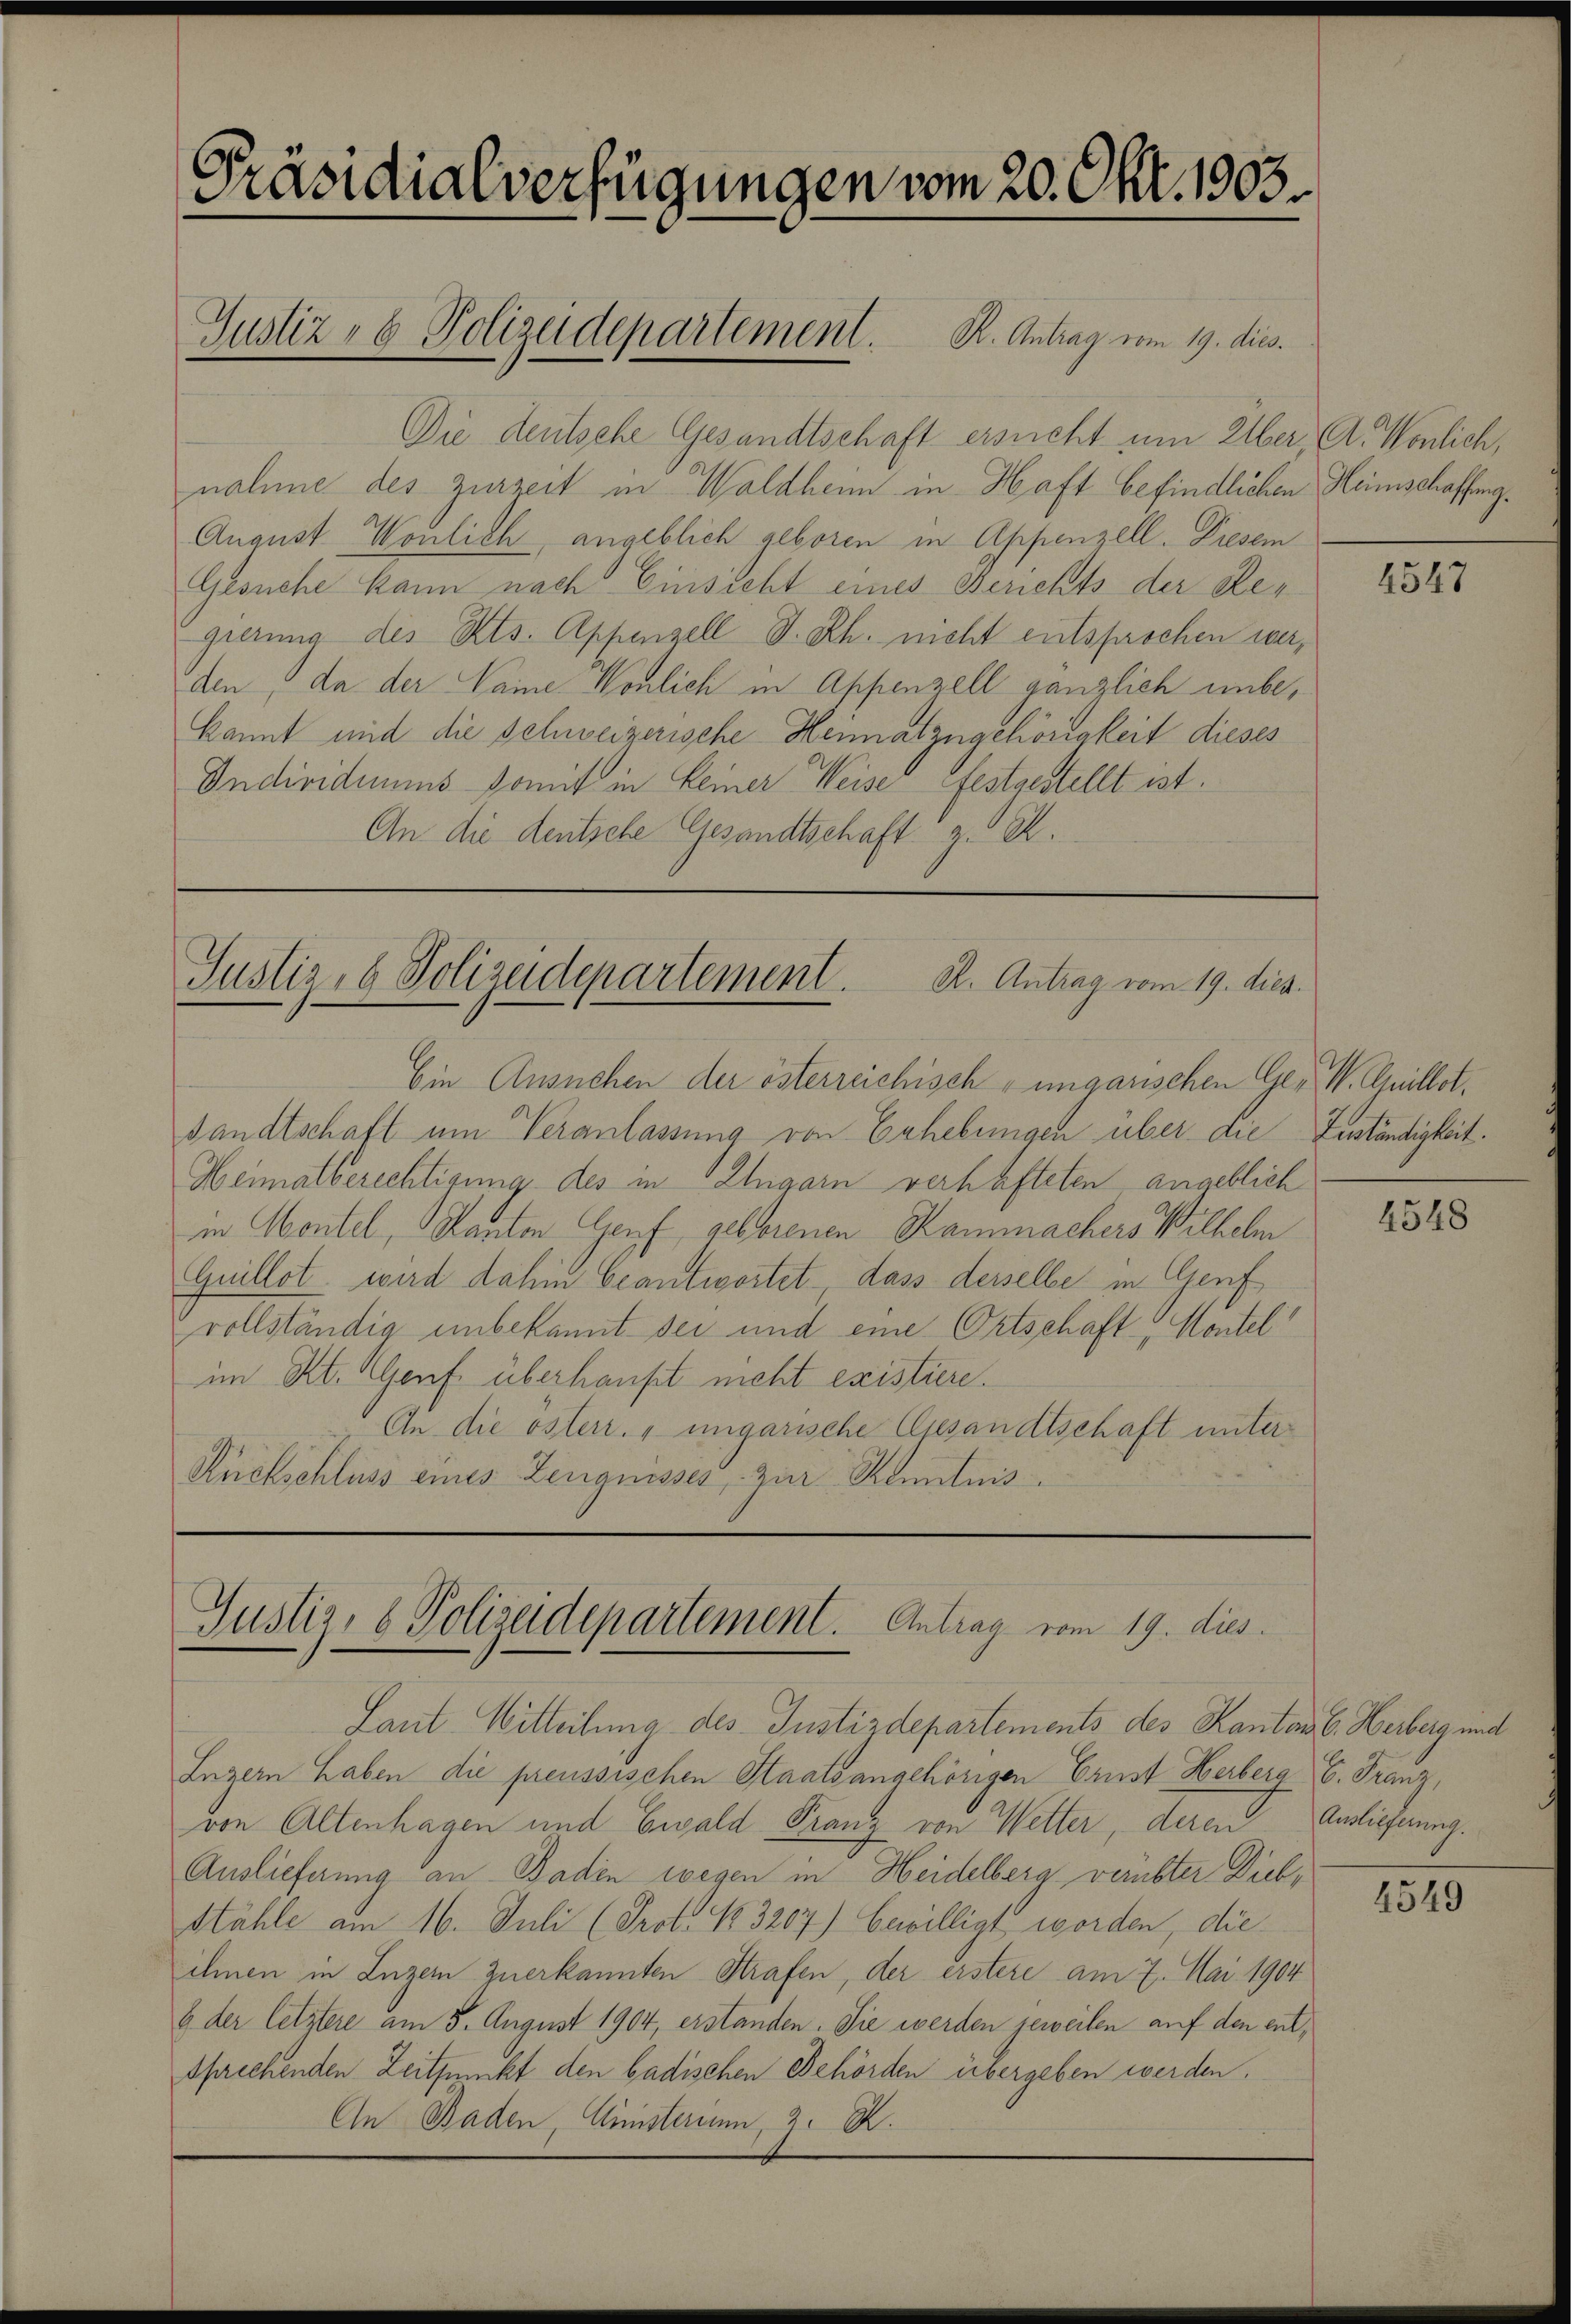
Präsidialverfügungen vom 20. Okt. 1903.

Die deutsche Gesandtschaft ersucht um Aber A. Wönlich,
nahme des zurzeit in Waldheim in Haft befindlichen Heimschaffung¬
August Wonlich, angeblich geboren in Appenzell. Diesem
Gesuche kann nach Einsicht eines Berichts der Regierung des Kts. Appenzell I.Rh. nicht entsprochen werden da der Name Wonlich in Appenzell gänzlich unbekannt und die Schweizerische Hennatzugehörigkeit dieses
Individuums Sonnt in keiner Weise festgestellt ist.
An die deutsche Gesandtschaft z. B.

Gustiz- & Polizeidepartement. K. Antrag vom 19. dies.

Ein Ansuchen der österreichisch-ungarischen Ges. Anillet.
sandtschaft um Veranlassung von Erhebungen über die Zuständigkeit.
Heimatberechtigung des in Ungarn verhafteten angeblich
in Montel, Kanton Genf, geborenen Rammachers Wilhelm
Guillot, wird dahin beantwortet dass derselbe in Genf
vollständig unbekannt sei und eine Ortschaft, Montel
im Kt. Genf. überhaupt nicht existiere.
An die österr. ungarische Gesandtschaft unter¬
Ruckschluss eines Zeugnisses, zur Kenntnis

Justiz- & Polizeidepartement.
R. Antrag vom 19. dies

Justiz- & Polizeidepartement. Antrag vom 19. dies

Lant. Mitteilung des Justizdepartements des Kantons C. Herberg und
Luzern haben die preussischen Staatsangehörigen Ernst Herberg, C. Franz,
von Altenhagen und Ewald Franz von Wetter, deren Auslieferung.
Auslieferung an Baden wegen in Heidelberg verübter Dieb¬
Stähle am 16. Juli (Prot. No. 3207) bewilligt worden, die
ihnen in Luzern zuerkannten Strafen, der erstere am 7. Mai 1904
6 der letztere am 5. August 1904, erstanden. Sie werden jeweilen auf den entsprechenden Zeitpunkt den badischen Behörden übergeben werden.
An Baden, Ministerium 2. X.

4547

4548

4549